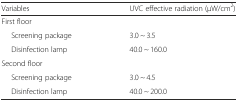
<table><thead><tr><td><b>Variables</b></td><td><b>UVC effective radiation (μW/cm<sup>2</sup>)</b></td></tr></thead><tbody><tr><td colspan="2">First floor</td></tr><tr><td>Screening package</td><td>3.0 ~ 3.5</td></tr><tr><td>Disinfection lamp</td><td>40.0 ~ 160.0</td></tr><tr><td colspan="2">Second floor</td></tr><tr><td>Screening package</td><td>3.0 ~ 4.5</td></tr><tr><td>Disinfection lamp</td><td>40.0 ~ 200.0</td></tr></tbody></table>